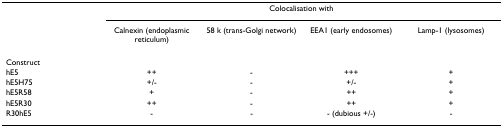
<table><thead><tr><td></td><td></td><td colspan="2"><b>Colocalisation with</b></td><td></td></tr><tr><td></td><td><b>Calnexin (endoplasmic reticulum)</b></td><td><b>58 k (trans-Golgi network)</b></td><td><b>EEA1 (early endosomes)</b></td><td><b>Lamp-1 (lysosomes)</b></td></tr></thead><tbody><tr><td>Construct</td><td></td><td></td><td></td><td></td></tr><tr><td>hE5</td><td>++</td><td>-</td><td>+++</td><td>+</td></tr><tr><td>hE5H75</td><td>+/-</td><td>-</td><td>+/-</td><td>+</td></tr><tr><td>hE5R58</td><td>+</td><td>-</td><td>++</td><td>+</td></tr><tr><td>hE5R30</td><td>++</td><td>-</td><td>++</td><td>+</td></tr><tr><td>R30hE5</td><td>-</td><td>-</td><td>- (dubious +/-)</td><td>-</td></tr></tbody></table>